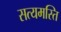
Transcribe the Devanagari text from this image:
सत्यमस्ति